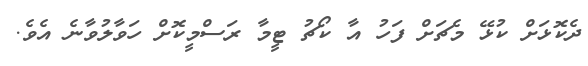
ދެކޮޅަށް ކުޅޭ މެޗަށް ފަހު އާ ކޯޗު ޓީމާ ރަސްމީކޮށް ހަވާލުވާނެ އެވެ.